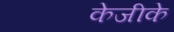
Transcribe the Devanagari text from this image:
केजीके